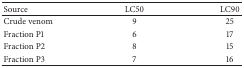
<table><thead><tr><td><b>Source</b></td><td><b>LC50</b></td><td><b>LC90</b></td></tr></thead><tbody><tr><td>Crude venom</td><td>9</td><td>25</td></tr><tr><td>Fraction P1</td><td>6</td><td>17</td></tr><tr><td>Fraction P2</td><td>8</td><td>15</td></tr><tr><td>Fraction P3</td><td>7</td><td>16</td></tr></tbody></table>